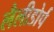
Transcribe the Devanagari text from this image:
लैलीडोर्प